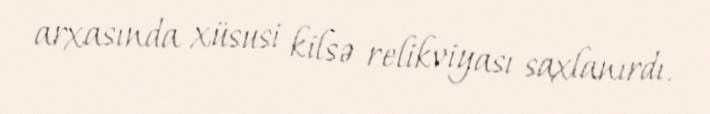
arxasında xüsusi kilsə relikviyası saxlanırdı.